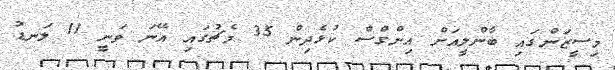
މިސީޒަންގައި ބާންލީއަށް އިންގްސް ކުޅެދިން 35 މެޗުގައި އޭނަ ވަނީ 11 ލަނޑު